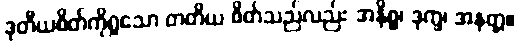
ဒုတီယစိတ်ကိုရှုသော တတိယ စိတ်သည်လည်း အနိစ္စ၊ ဒုက္ခ၊ အနတ္တ။